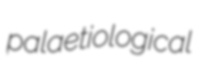
palaetiological